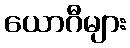
ယောဂီများ